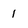
Character: 1